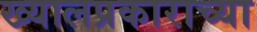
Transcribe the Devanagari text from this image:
ख्यालप्रकाराच्या